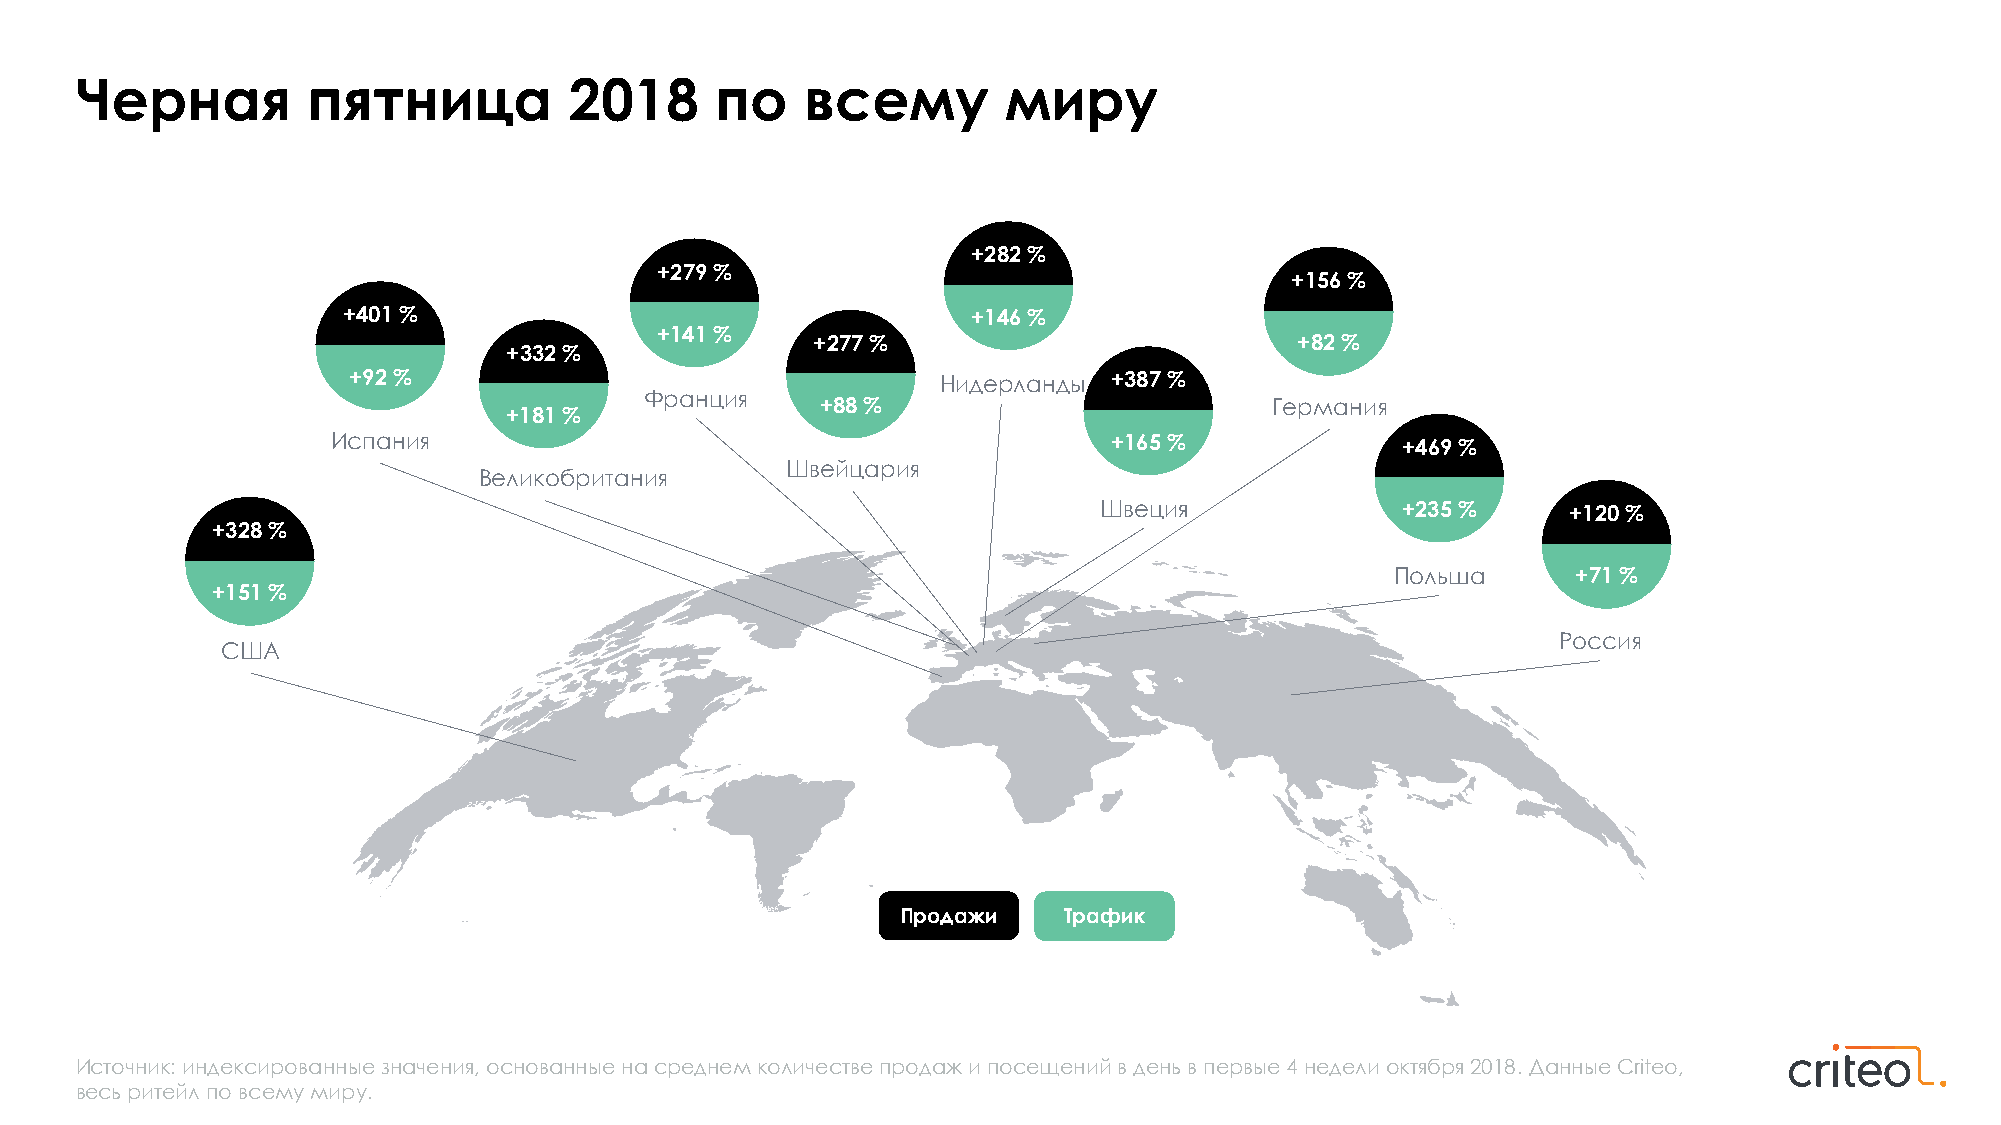
Черная         пятница           2018     по    всему         миру
 +282 %
 +279 %
 +156 %
 +401 %                                   +146 %
 +141 %
 +277 %                          +82 %
 +332 %
 +92 %                                              +387 %
 Нидерланды
 Франция    +88 %
 +181 %                                            Германия
 Испания                                             +165 %             +469 %
 Швейцария
 Великобритания
 Швеция              +235 %     +120 %
 +328 %
 Польша      +71 %
 +151 %
 Россия
 США
 Продажи   Трафик
 Источник: индексированные значения, основанные на среднем количестве продаж и посещений в день в первые 4 недели октября 2018. Данные Criteo,
 весь ритейл по всему миру.